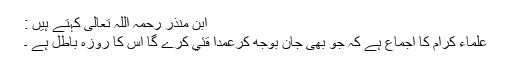
ابن منذر رحمہ اللہ تعالی کہتے ہيں :
علماء کرام کا اجماع ہے کہ جو بھی جان بوجھ کرعمدا قئي کرے گا اس کا روزہ باطل ہے ۔